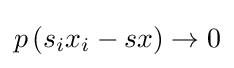
p\left(s_{i}x_{i}-sx\right)\to 0